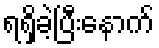
ရရှိခဲ့ပြီးနောက်